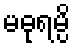
မဓုရမ္ပိ